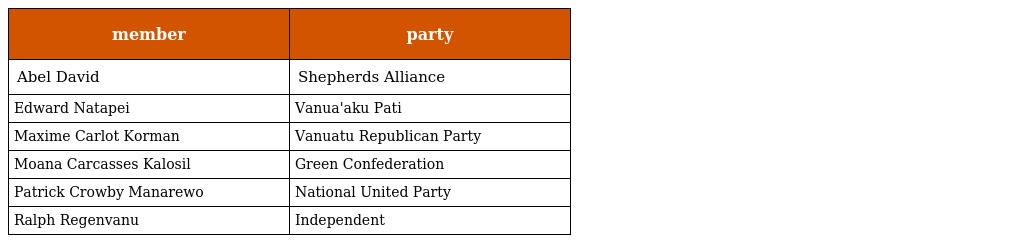
| member | party |
 | --- | --- |
 | Abel David | Shepherds Alliance |
 | Edward Natapei | Vanua'aku Pati |
 | Maxime Carlot Korman | Vanuatu Republican Party |
 | Moana Carcasses Kalosil | Green Confederation |
 | Patrick Crowby Manarewo | National United Party |
 | Ralph Regenvanu | Independent |